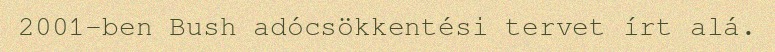
2001-ben Bush adócsökkentési tervet írt alá.